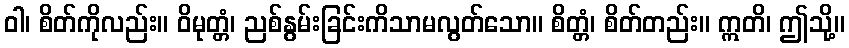
ဝါ၊ စိတ်ကိုလည်း။ ဝိမုတ္တံ၊ ညစ်နွမ်းခြင်းကိသာမလွတ်သော။ စိတ္တံ၊ စိတ်တည်း။ ဣတိ၊ ဤသို့။